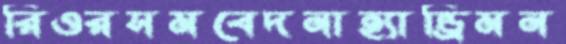
রিওরসমবেদনাহ্যান্ড্রিমন